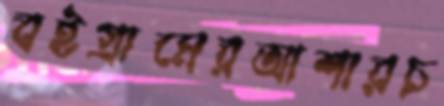
বইগ্রামেরআশারচ